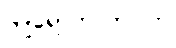
ကျရောက်လာပါက